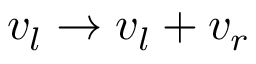
v _ { l } \rightarrow v _ { l } + v _ { r }